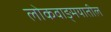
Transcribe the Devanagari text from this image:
लोकवाङ्‍मयातील